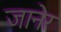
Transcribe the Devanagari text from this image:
जानेर